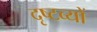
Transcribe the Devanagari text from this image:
दृष्टव्यों